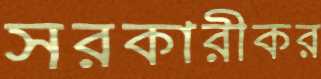
সরকারীকর